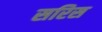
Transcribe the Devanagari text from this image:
सरिस